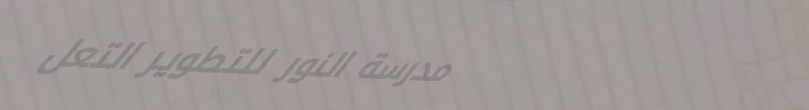
مدرسة النور للتطوير التعل